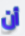
أن